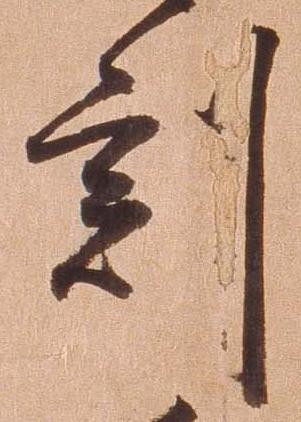
刻